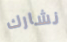
نشارك